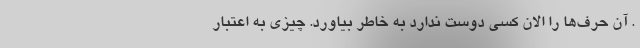
. آن حرف‌ها را الان کسی دوست ندارد به خاطر بیاورد. چیزی به اعتبار